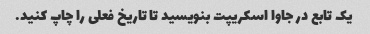
یک تابع در جاوا اسکریپت بنویسید تا تاریخ فعلی را چاپ کنید.